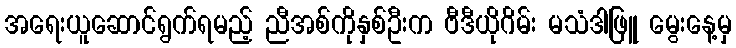
အရေးယူဆောင်ရွက်ရမည့် ညီအစ်ကိုနှစ်ဦးက ဗီဒီယိုဂိမ်း မသံဒါဖြူ မွေးနေ့မှ